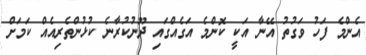
އެންމެ ފަހު ވަގުތު އޭނާ އަކީ ކޮންމެ އަގެއްގައި ދޫނުކުރާނެ ކުޅުންތެރިއެއް ކަމަށް